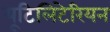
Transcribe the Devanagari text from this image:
यूटिलिटेरियन